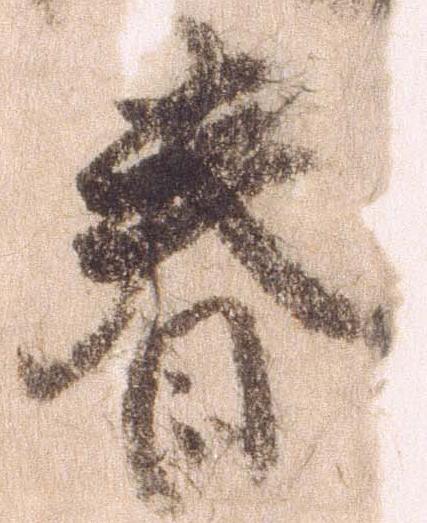
春